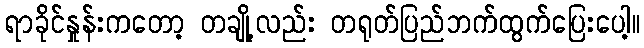
ရာခိုင်နှုန်းကတော့ တချို့လည်း တရုတ်ပြည်ဘက်ထွက်ပြေးပေါ့။